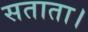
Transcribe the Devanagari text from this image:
सताता।